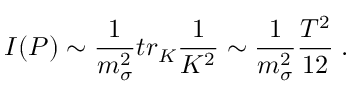
{ \cal I } ( P ) \sim \frac { 1 } { m _ { \sigma } ^ { 2 } } t r _ { K } \frac { 1 } { K ^ { 2 } } \sim \frac { 1 } { m _ { \sigma } ^ { 2 } } \frac { T ^ { 2 } } { 1 2 } \; .